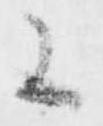
候